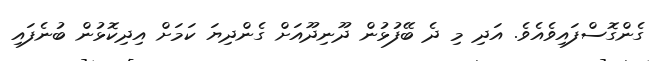
ގެންގޮސްފައިވެއެވެ. އަދި މި ދެ ބޭފުޅުން ދޫނިދޫއަށް ގެންދިޔަ ކަމަށް އިދިކޮޅުން ބުނެފައި